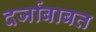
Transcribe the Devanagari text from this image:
दर्जाबाबत